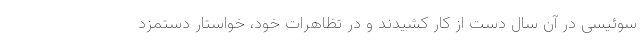
سوئیسی در آن سال دست از کار کشیدند و در تظاهرات خود، خواستار دستمزد